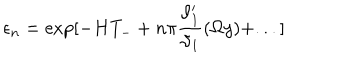
LaTeX: \epsilon _ { n } = \exp [ - H T _ { - } + n \pi \frac { \vartheta _ { 1 } ^ { \prime } } { \vartheta _ { 1 } } ( \Omega y ) + . . . ]